Mediterranean fever in India - Number 22
Disease focus: Fever
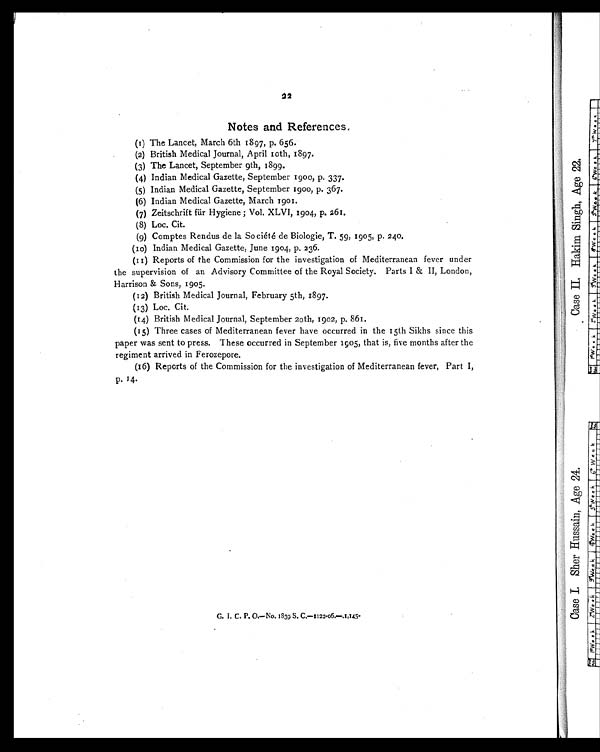
22
Notes and References.
(1) The Lancet, March 6th 1897, p. 656.
(2) British Medical Journal, April 10th, 1897.
(3) The Lancet, September 9th, 1899.
(4) Indian Medical Gazette, September 1900, p. 337.
(5) Indian Medical Gazette, September 1900, p. 367.
(6) Indian Medical Gazette, March 1901.
(7) Zeitschrift für Hygiene ; Vol. XLVI, 1904, p. 261.
(8) Loc. Cit.
(9) Comptes Rendus de la So ciété de Biologie, T. 59, 1905, p. 240.
(10) Indian Medical Gazette, June 1904, p. 236.
(11) Reports of the Commission for the investigation of Mediterranean fever under
the supervision of an Advisory Committee of the Royal Society. Parts I & II, London,
Harrison & Sons, 1905.
(12) British Medical Journal, February 5th, 1897.
(13) Loc. Cit.
(14) British Medical Journal, September 20th, 1902, p. 861.
(15) Three cases of Mediterranean fever have occurred in the 15th Sikhs since this
paper was sent to press. These occurred in September 1905, that is, five months after the
regiment arrived in Ferozepore.
(16) Reports of the Commission for the investigation of Mediterranean fever, Part I,
p. 14.
G. I. C. P. O.—No. 1839 S. C.—1122-06.—.1,145-